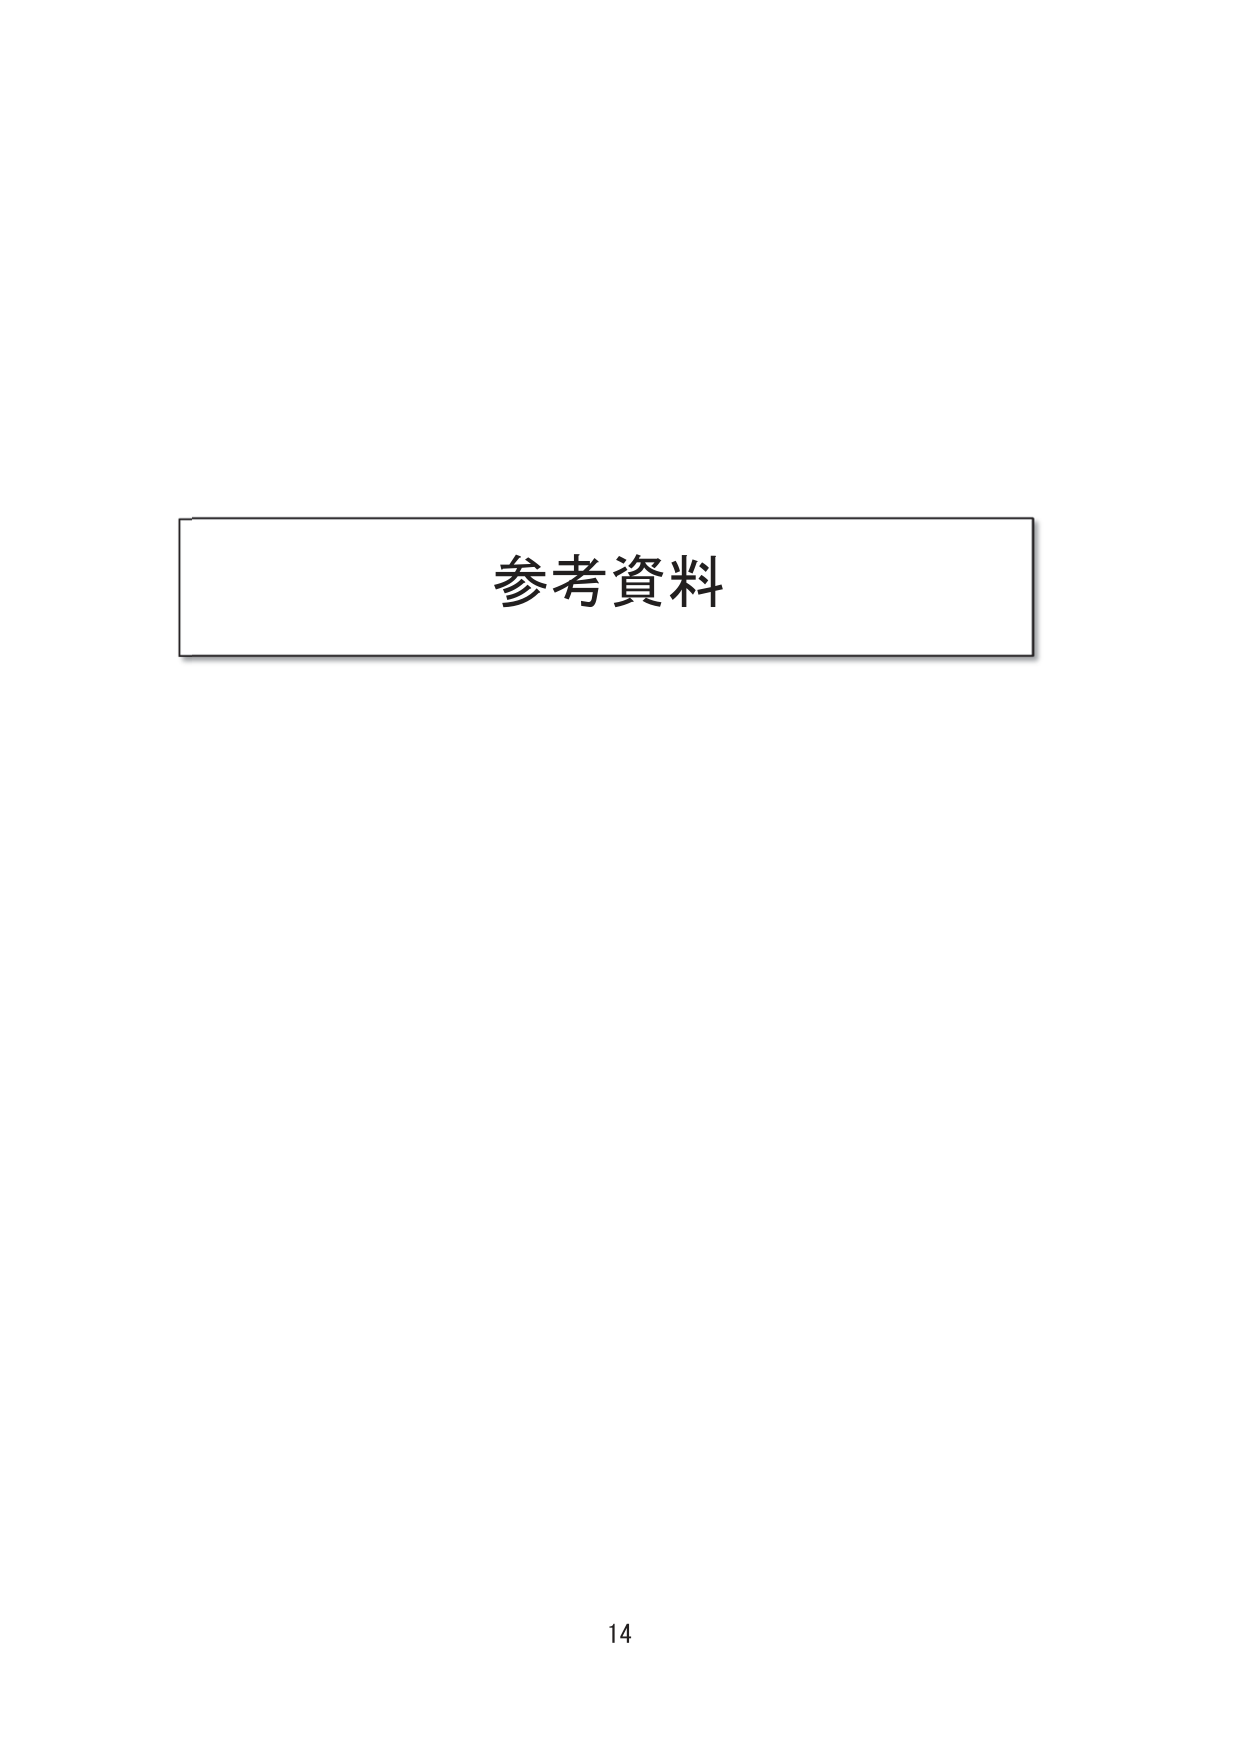
参考资料
14